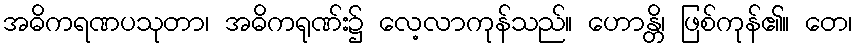
အဓိကရဏပသုတာ၊ အဓိကရုဏ်း၌ လေ့လာကုန်သည်။ ဟောန္တိ၊ ဖြစ်ကုန်၏။ တေ၊